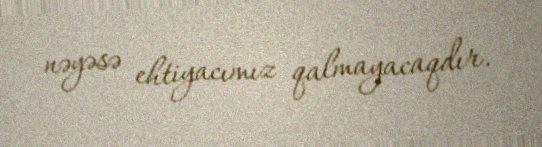
nəyəsə ehtiyacımız qalmayacaqdır.